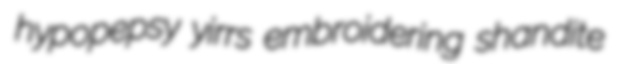
hypopepsy yirrs embroidering shandite